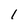
Character: 1